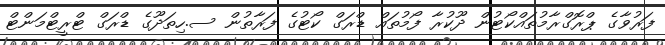
ފަރުވާގެ ޕްރޮގްރާމުތައްކޯޓުން ދޫކުރާ ފޯމުތައް ޑްރަގް ކޯޓުގެ ފަރާތުން ސ.ހިތަދޫގެ ޑްރަގް ޓްރީޓްމަންޓް